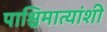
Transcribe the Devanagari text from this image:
पाश्चिमात्यांशी